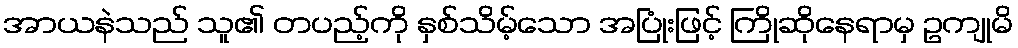
အာယနဲသည် သူ၏ တပည့်ကို နှစ်သိမ့်သော အပြုံးဖြင့် ကြိုဆိုနေရာမှ ဥကျုမိ